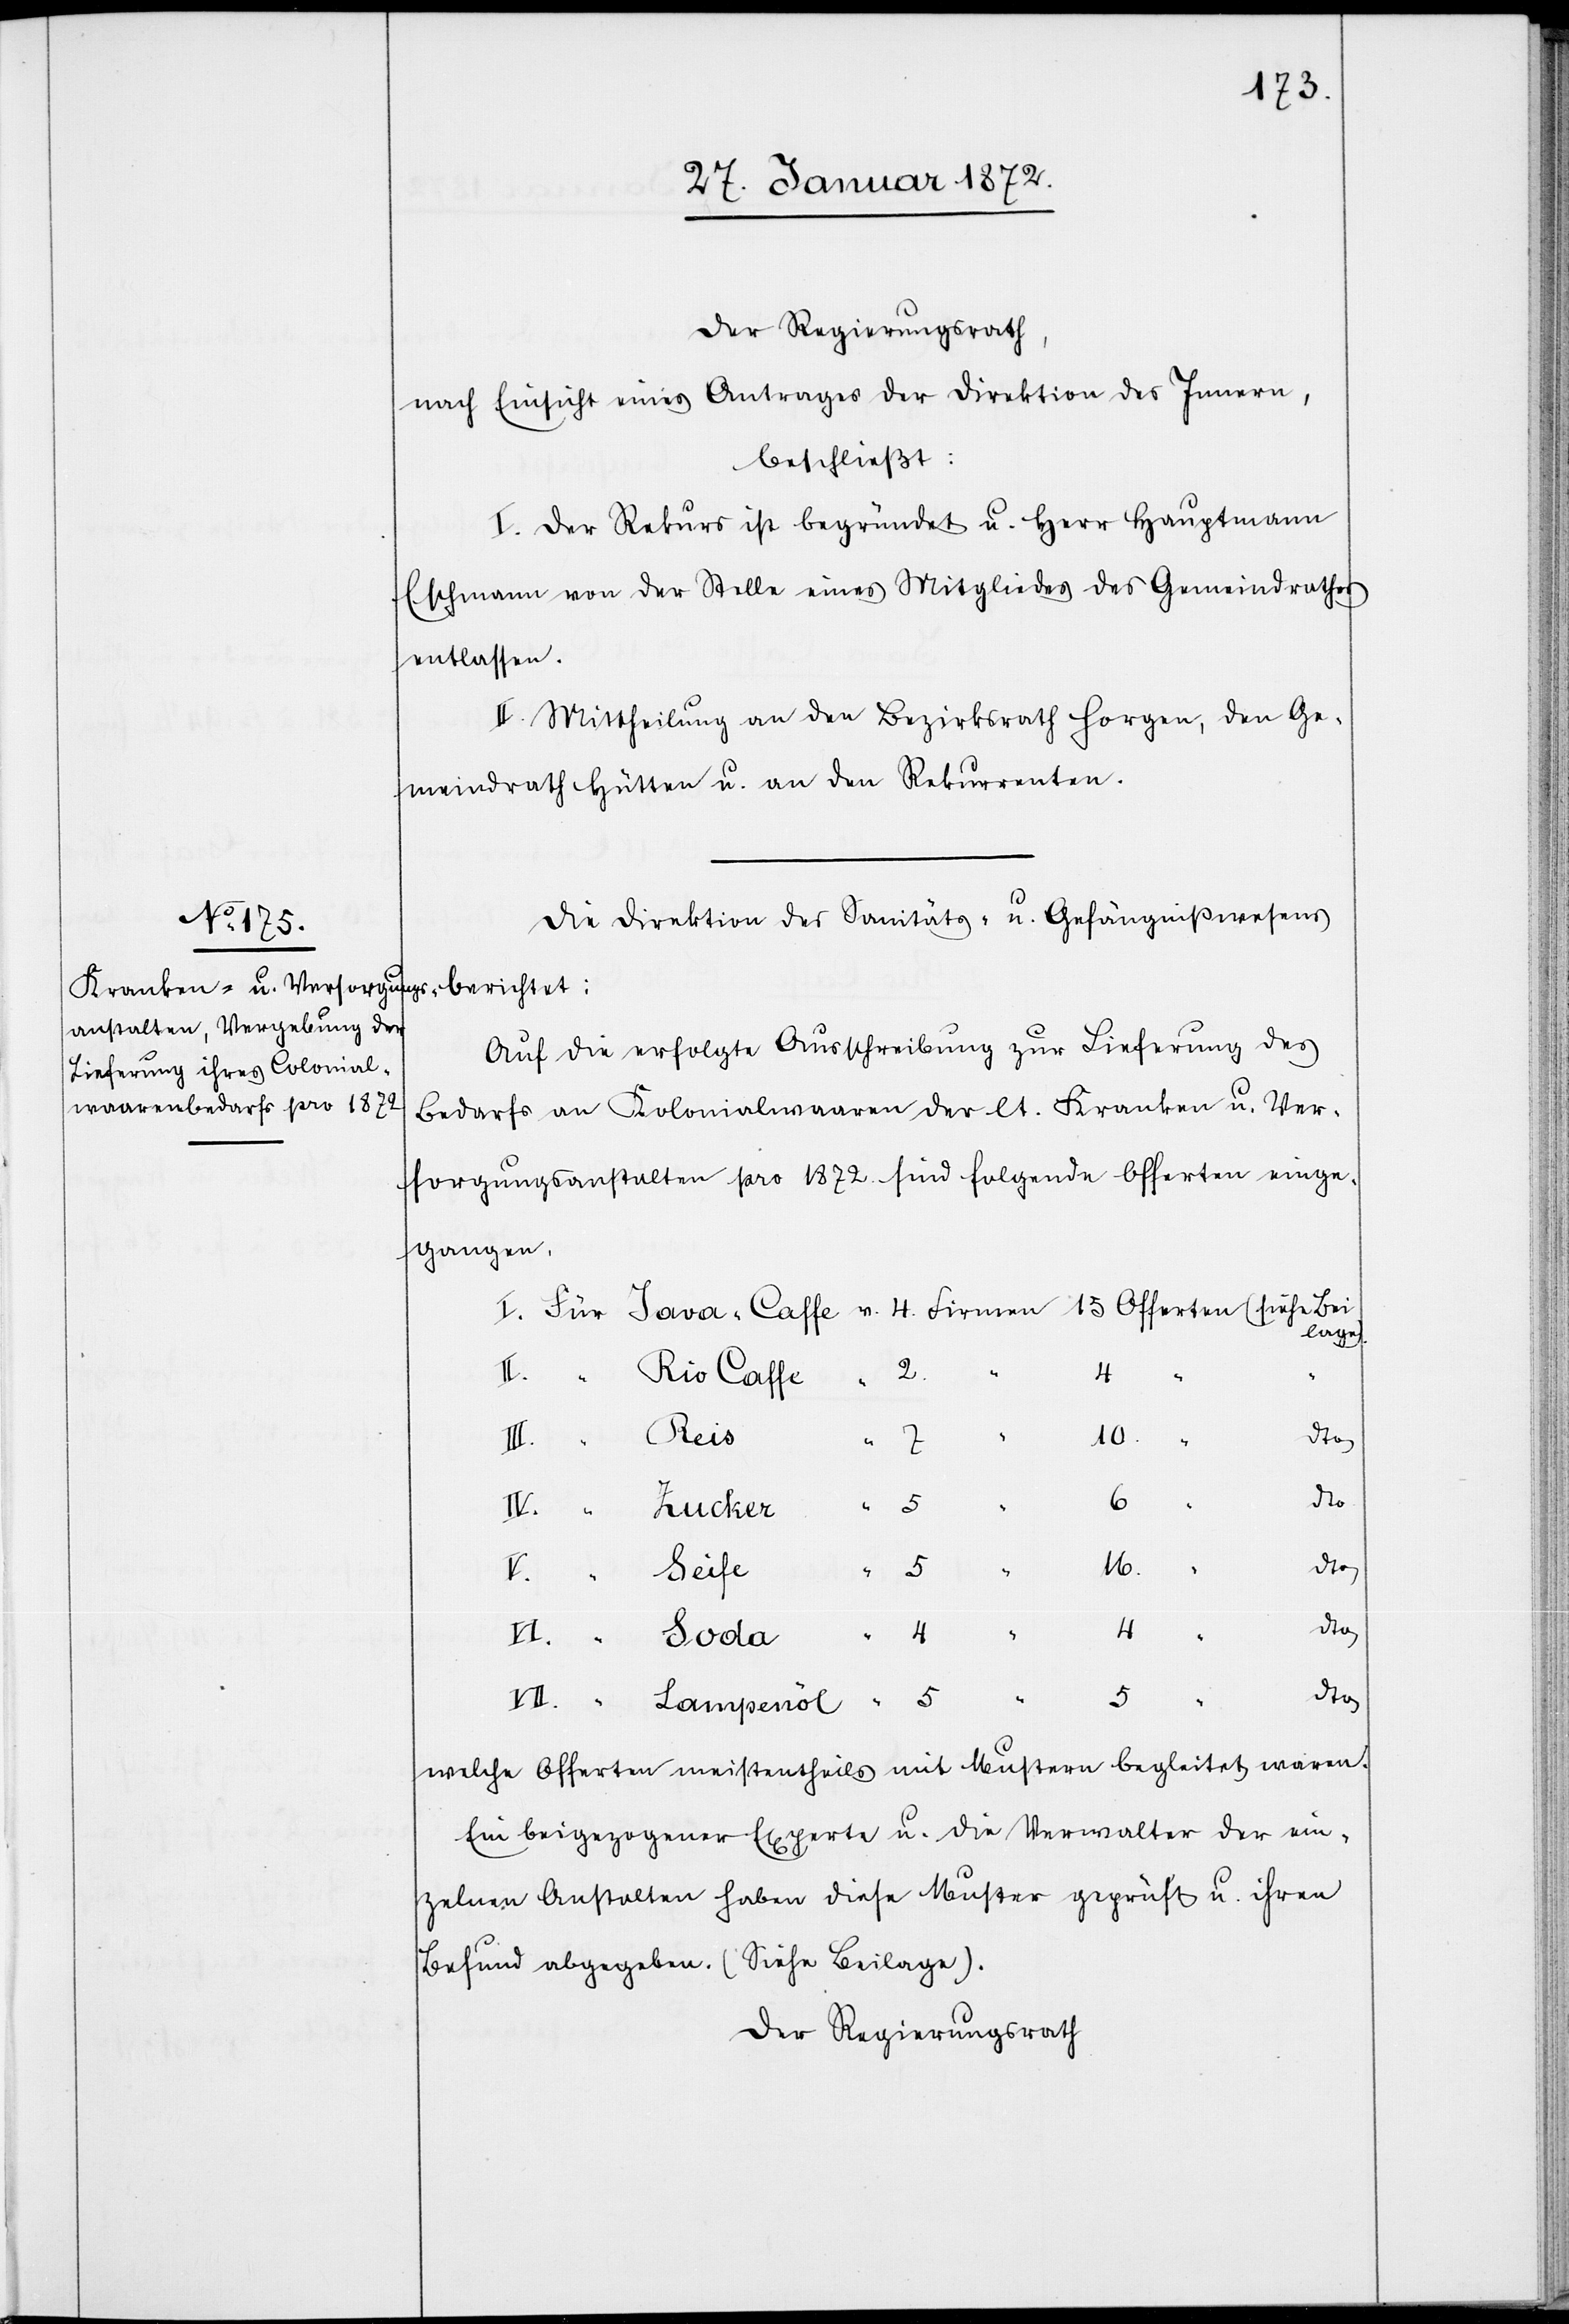
Der Regierungsrath,
nach Einsicht eines Antrages der Direktion des Innern,
beschließt:
I. Der Rekurs ist begründet u. Herr Hauptmann
Eschmann von der Stelle eines Mitgliedes des Gemeindrathes
entlassen.
II. Mittheilung an den Bezirksrath Horgen, den Ge¬
meindrath Hütten u. an den Rekurrenten.
Die Direktion des Sanitäts- u. Gefängnißwesens
Auf die erfolgte Ausschreibung zur Lieferung des
Bedarfs an Kolonialwaaren der lt. Kranken u. Ver¬
sorgungsanstalten pro 1872. sind folgende Offerten einge¬
gangen.
lage).
Rio Caffe
“ Reis
10.
IV.
dto
berichtet:
4 “
So¬
16.
“
5 “
5 “
dto
15
V.
da
“
welche Offerten meistentheils mit Mustern begleitet waren.
Ein beigezogener Experte u. die Verwalter der ein¬
zelnen Anstalten haben diese Muster geprüft u. ihren
Befund abgegeben. (Siehe Beilage).
Der Regierungsrath